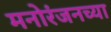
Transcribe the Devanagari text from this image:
मनोरंजनच्या